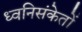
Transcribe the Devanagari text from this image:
ध्वनिसंकेतों